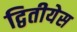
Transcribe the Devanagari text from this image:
द्वितीयेस